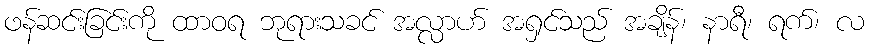
ဖန်ဆင်းခြင်းကို ထာဝရ ဘုရားသခင် အလ္လာဟ် အရှင်သည် အချိန်၊ နာရီ၊ ရက်၊ လ